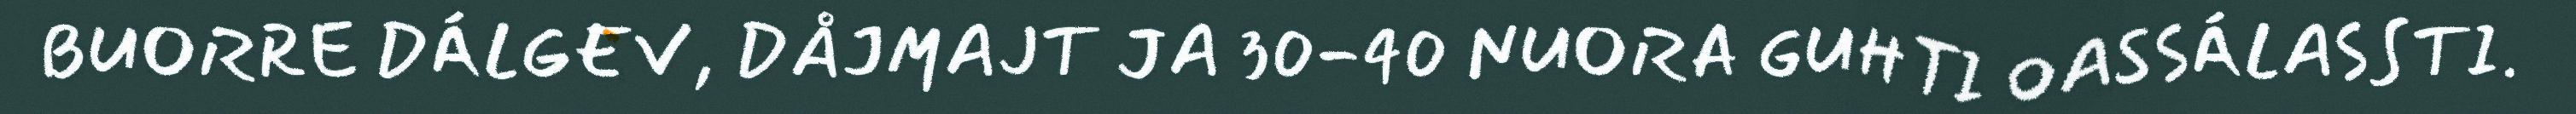
BUORRE DÁLGEV, DÅJMAJT JA 30-40 NUORA GUHTI OASSÁLASSTI.